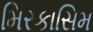
મિરકાસિમ